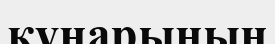
құнарының